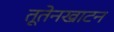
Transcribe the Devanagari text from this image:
तूतेनखाटन